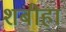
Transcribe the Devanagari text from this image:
शबीहा